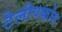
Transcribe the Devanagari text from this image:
टेलीपफोन